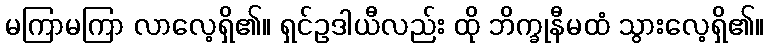
မကြာမကြာ လာလေ့ရှိ၏။ ရှင်ဥဒါယီလည်း ထို ဘိက္ခုနီမထံ သွားလေ့ရှိ၏။